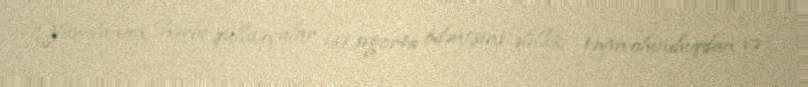
Yaralanan hərbi qulluqçular isə sığorta ödənişini əlillik təyin olunduqdan və